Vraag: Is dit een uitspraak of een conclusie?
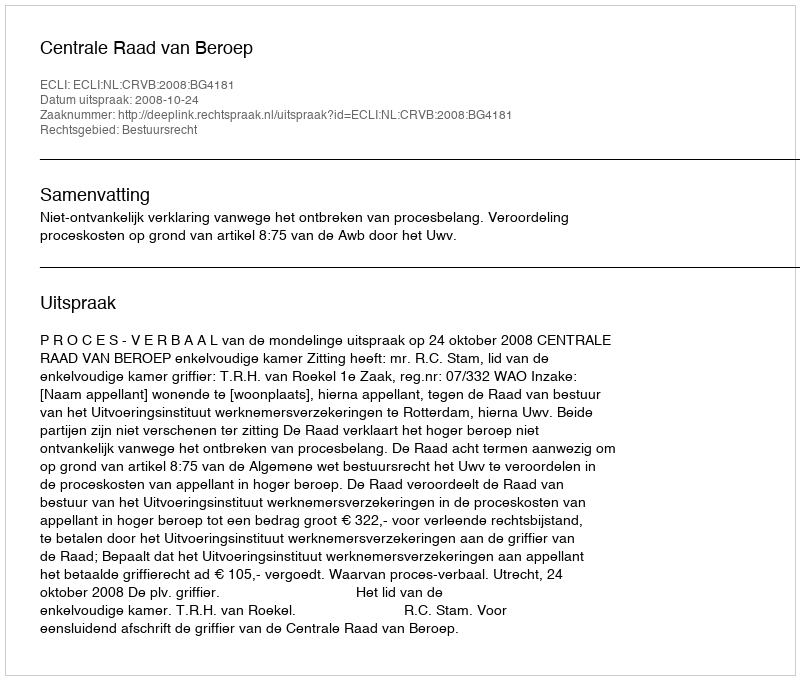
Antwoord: Uitspraak